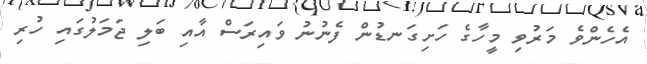
އެހެންވެ މަރުވި މީހާގެ ހަށިގަނޑުން ފެނުނު ވައިރަސް އާއި ބަލި ޖަމަލުގައި ހުރި